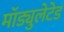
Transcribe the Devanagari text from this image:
मॉड्युलेटेड